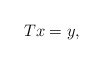
\begin{align*}Tx=y,\end{align*}